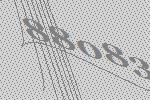
88083